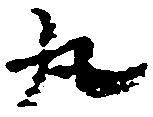
丸